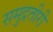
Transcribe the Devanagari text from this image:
समुद्रतीरी